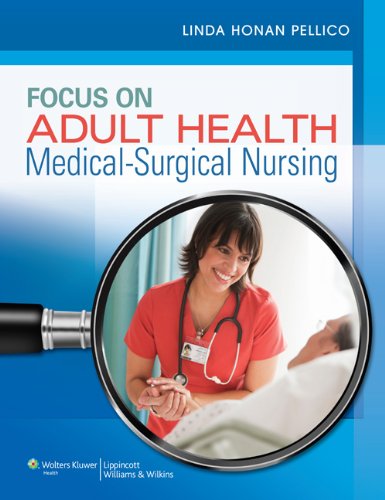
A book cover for Focus on Adult Health: Medical-Surgical Nursing (Pellico Medical-Surgical); Linda Honan Pellico; Medical Books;